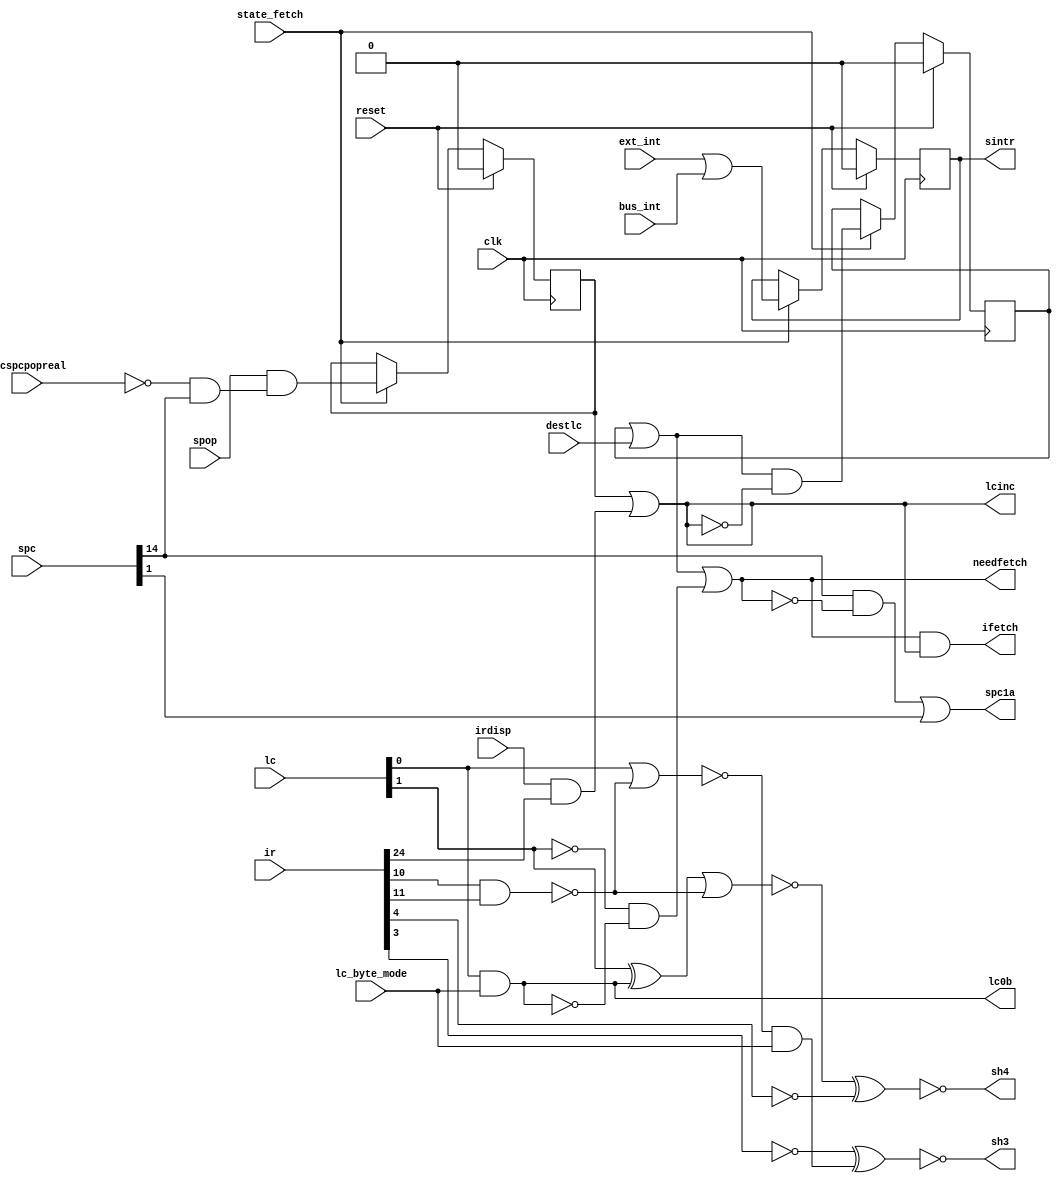
// LCC --- LC CONTROL
//
// ---!!! Add description.
//
// History:
//
//   (20YY-MM-DD HH:mm:ss BRAD) Converted to Verilog.
//	???: Nets added.
//	???: Nets removed.
//   (1978-08-16 05:15:35 TK) Initial.

`timescale 1ns/1ps
`default_nettype none

module LCC(/*AUTOARG*/
   // Outputs
   ifetch, lc0b, lcinc, needfetch, sh3, sh4, sintr, spc1a,
   // Inputs
   clk, reset, state_fetch, spc, lc, ir, bus_int, destlc, ext_int,
   irdisp, lc_byte_mode, spop, srcspcpopreal
   );

   input clk;
   input reset;

   input state_fetch;

   input [18:0] spc;
   input [25:0] lc;
   input [48:0] ir;
   input bus_int;
   input destlc;
   input ext_int;
   input irdisp;
   input lc_byte_mode;
   input spop;
   input srcspcpopreal;
   output ifetch;
   output lc0b;
   output lcinc;
   output needfetch;
   output sh3;
   output sh4;
   output sintr;
   output spc1a;

   ////////////////////////////////////////////////////////////////////////////////

   reg newlc;
   reg next_instrd;
   reg sintr;
   wire have_wrong_word;
   wire inst_in_2nd_or_4th_quarter;
   wire inst_in_left_half;
   wire last_byte_in_word;
   wire lc_modifies_mrot;
   wire newlc_in;
   wire next_instr;
   wire spcmung;

   ////////////////////////////////////////////////////////////////////////////////

   assign lc0b = lc[0] & lc_byte_mode;
   assign next_instr = spop & (~srcspcpopreal & spc[14]);
   assign newlc_in = have_wrong_word & ~lcinc;
   assign have_wrong_word = newlc | destlc;
   assign last_byte_in_word = ~lc[1] & ~lc0b;
   assign needfetch = have_wrong_word | last_byte_in_word;
   assign ifetch = needfetch & lcinc;
   assign spcmung = spc[14] & ~needfetch;
   assign spc1a = spcmung | spc[1];
   assign lcinc = next_instrd | (irdisp & ir[24]);

   always @(posedge clk)
     if (reset) begin
	newlc <= 0;
	sintr <= 0;
	next_instrd <= 0;
     end else if (state_fetch) begin
	newlc <= newlc_in;
	sintr <= (ext_int | bus_int);
	next_instrd <= next_instr;
     end

   assign lc_modifies_mrot = ir[10] & ir[11];
   assign inst_in_left_half = !((lc[1] ^ lc0b) | ~lc_modifies_mrot);
   assign sh4 = ~(inst_in_left_half ^ ~ir[4]);
   assign inst_in_2nd_or_4th_quarter = !(lc[0] | ~lc_modifies_mrot) & lc_byte_mode;
   assign sh3 = ~(~ir[3] ^ inst_in_2nd_or_4th_quarter);

endmodule

`default_nettype wire

// Local Variables:
// verilog-library-directories: ("..")
// End: